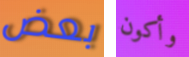
بعض وأكون